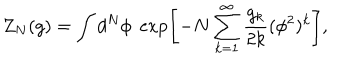
Z _ { N } ( g ) = \int d ^ { N } \phi \; \exp \left[ - N \sum _ { k = 1 } ^ { \infty } \frac { g _ { k } } { 2 k } ( \phi ^ { 2 } ) ^ { k } \right] ,